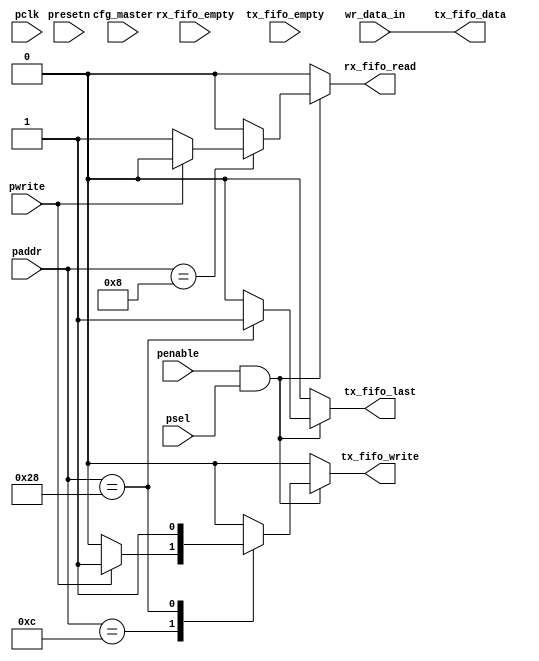
module spi_control # (
  // AS: added parameters
  parameter     CFG_FRAME_SIZE    = 4
)(  input         pclk,
                     input         presetn,
                     input         psel,
                     input         penable,
                     input         pwrite,
                     input  [6:0]  paddr,
                     input  [CFG_FRAME_SIZE-1:0] wr_data_in,
                     //input  [15:0] cfg_framecnt,
                     //input         auto_fill,
                     //input         auto_empty, 
                     input         cfg_master,
                     //input         rx_fifo_first,               // not really needed anymore
                     input         rx_fifo_empty,
                     // -----------------------
                     // AS: added tx_fifo_empty
                     // -----------------------
                     input         tx_fifo_empty,
                     //input         clear_frame_count,
                     //input         fill_okay,

                     output [CFG_FRAME_SIZE-1:0] tx_fifo_data,            
                     output        tx_fifo_write,           
                     output        tx_fifo_last,             
                     output        rx_fifo_read            
                );



//######################################################################################################

reg tx_fifo_write_sig;
reg rx_fifo_read_sig;

//reg [15:0] txrx_frame_count_d;   //frame count
//reg [15:0] txrx_frame_count_q;
reg tx_last_frame_sig;

//reg auto_write;
//reg auto_read;


// Output assignments.
// AS: modified tx_fifo_last to be dependent on tx_fifo_empty (undone)
assign tx_fifo_last   = tx_last_frame_sig;      
//assign tx_fifo_last   = tx_last_frame_sig && tx_fifo_empty;
assign tx_fifo_data   = wr_data_in;
assign tx_fifo_write  = tx_fifo_write_sig;     
assign rx_fifo_read   = rx_fifo_read_sig;     

// AS: removed counter
//always @(posedge pclk or negedge presetn)
//   begin
//   if (~presetn)
//      begin 
//        txrx_frame_count_q <= 16'h0001;
//      end
//   else
//      begin
//        txrx_frame_count_q <=  txrx_frame_count_d;
//      end
//   end

// Note combinational generation of FIFO read and write signals

always @(*)
   begin
   //defaults
   rx_fifo_read_sig  = 1'b0;      //default no read on rx fifo
   tx_fifo_write_sig = 1'b0;      //default no write on tx fifo
   tx_last_frame_sig = 1'b0;      //default not last frame
   //txrx_frame_count_d = txrx_frame_count_q;

   if (penable && psel)
      begin
      case (paddr) //synthesis parallel_case
      6'h0C:	  //write to transmit fifo
         begin
            if (pwrite)
               begin
                 tx_fifo_write_sig  = 1'b1;   //write to the fifo
                 
                 //txrx_frame_count_d = txrx_frame_count_q + 1'b1;
                 // *************************************************************
                 // AS: what to do here? not sure how tx_last_frame_sig should be
                 // be assigned
                 // ************************************************************* 
                 //if (txrx_frame_count_q == cfg_framecnt)
                 //   begin
                 //     tx_last_frame_sig  = 1'b1;
                 //     txrx_frame_count_d = 16'h0001;
                 //   end
                 
                 // Solution: created Aliased TX DATA register to indicate last frame
                 
               end            
         end
      6'h08:    //read from receive fifo
         begin 
            if (~pwrite) 
            begin
                rx_fifo_read_sig = 1'b1;
            end
         end
      6'h28:    // aliased transmit data, sets last frame bit
        begin
          tx_fifo_write_sig  = 1'b1;   //write to the fifo
          tx_last_frame_sig  = 1'b1;   //last frame
        end
      default:
         begin
         end
      endcase     
   end

   //if (auto_write)
   // begin
   //      tx_fifo_write_sig  = 1'b1;   //write to the fifo
   //      txrx_frame_count_d = txrx_frame_count_q + 1'b1;
   //      if (txrx_frame_count_q == cfg_framecnt)
   //      begin
   //        tx_last_frame_sig  = 1'b1;
   //        txrx_frame_count_d = 16'h0001;
   //      end
   // end
   //
   //if (auto_read)
   // begin
   //     rx_fifo_read_sig = 1'b1;
   // end
   //  
   //if (clear_frame_count) txrx_frame_count_d = 16'h0001; 
   

end
    




//----------------------------------------------------------------------------------

// AS: removed auto write and auto read features
//always@(posedge pclk or negedge presetn)
//begin
//  if (!presetn)
//   begin
//     auto_write <= 1'b0;
//     auto_read  <= 1'b0;
//   end
//  else
// begin
//    auto_write <= 1'b0;
//    auto_read  <= 1'b0;
//   
//    if ((auto_fill) & !auto_write & (fill_okay))       // if room in FIFOs write data
//    begin
//        auto_write <= 1'b1;
//    end
//        
//    //on master empty until all frames done
//    if (cfg_master && auto_empty && !auto_read && !rx_fifo_empty)
//    begin
//        auto_read <= 1'b1;
//    end
//
//    //On slave empty until start of next packet
//    if (!cfg_master && auto_empty && !auto_read && !rx_fifo_first && !rx_fifo_empty)
//    begin
//        auto_read <= 1'b1;
//    end
//
// end
//end






endmodule